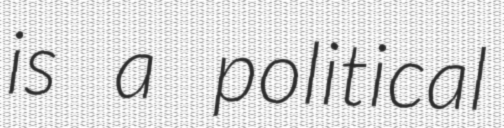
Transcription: is a political